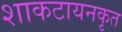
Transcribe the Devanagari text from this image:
शाकटायनकृत